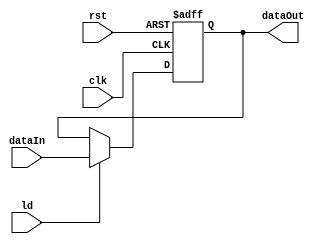
module reg4B(clk, rst, ld, dataIn, dataOut);
        input clk, rst, ld;
        input [3:0] dataIn;
        output [3:0] dataOut;
        reg [3:0] savedData;

        always @(posedge clk, posedge rst) begin 
                if (rst) begin 
                        savedData <= 4'h0;
                end

                else if (ld) begin 
                        savedData <= dataIn;
                end

                else
                        savedData <= dataOut;
        end

        assign dataOut = savedData;
endmodule